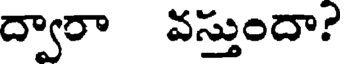
ద్వారా వస్తుందా?